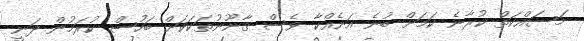
މަސައްކަތް ކުރާނެ ކަމަށް ބުނެ އަނެއްކާ ވެސް ޤާނޫނުތަކަކަށް ބަހުސް ކުރަމުން ދަނީ